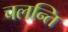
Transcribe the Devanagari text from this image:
चलन्ति